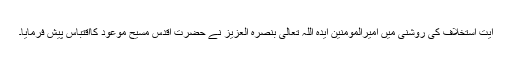
آیت استخلاف کی روشنی میں امیرالمومنین ایدہ اللہ تعالیٰ بنصرہ العزیز نے حضرت اقدس مسیح موعود ؑکااقتباس پیش فرمایا۔